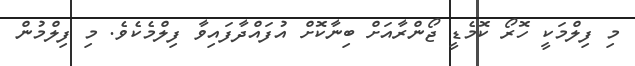
މި ފިލްމަކީ ހޮރޯ ކޮމެޑީ ޖޯންރާއަށް ބިނާކޮށް އުފައްދާފައިވާ ފިލްމެކެވެ. މި ފިލްމުން